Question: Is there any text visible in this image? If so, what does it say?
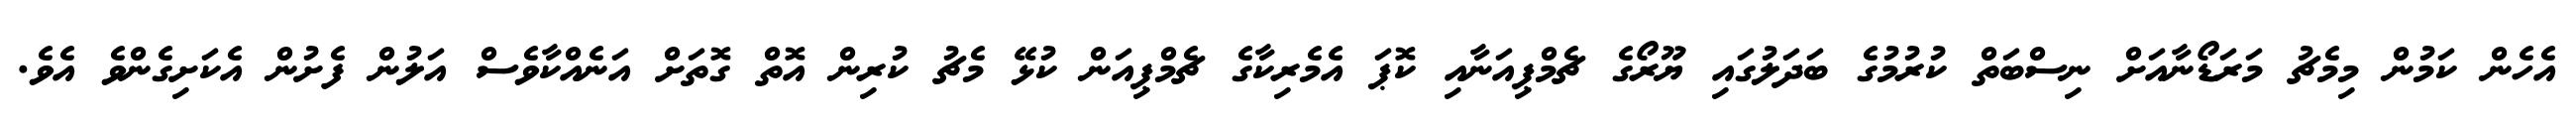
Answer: އެހެން ކަމުން މިމެޗު މަރަޑޯނާއަށް ނިސްބަތް ކުރުމުގެ ބަދަލުގައި ޔޫރޯގެ ޗެމްޕިއަނާއި ކޮޕަ އެމެރިކާގެ ޗެމްޕިއަން ކުޅޭ މެޗު ކުރިން އޮތް ގޮތަށް އަނެއްކާވެސް އަލުން ފެށުން އެކަށިގެންވެ އެވެ.